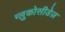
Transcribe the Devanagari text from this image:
ग्लुकोसीडेज़